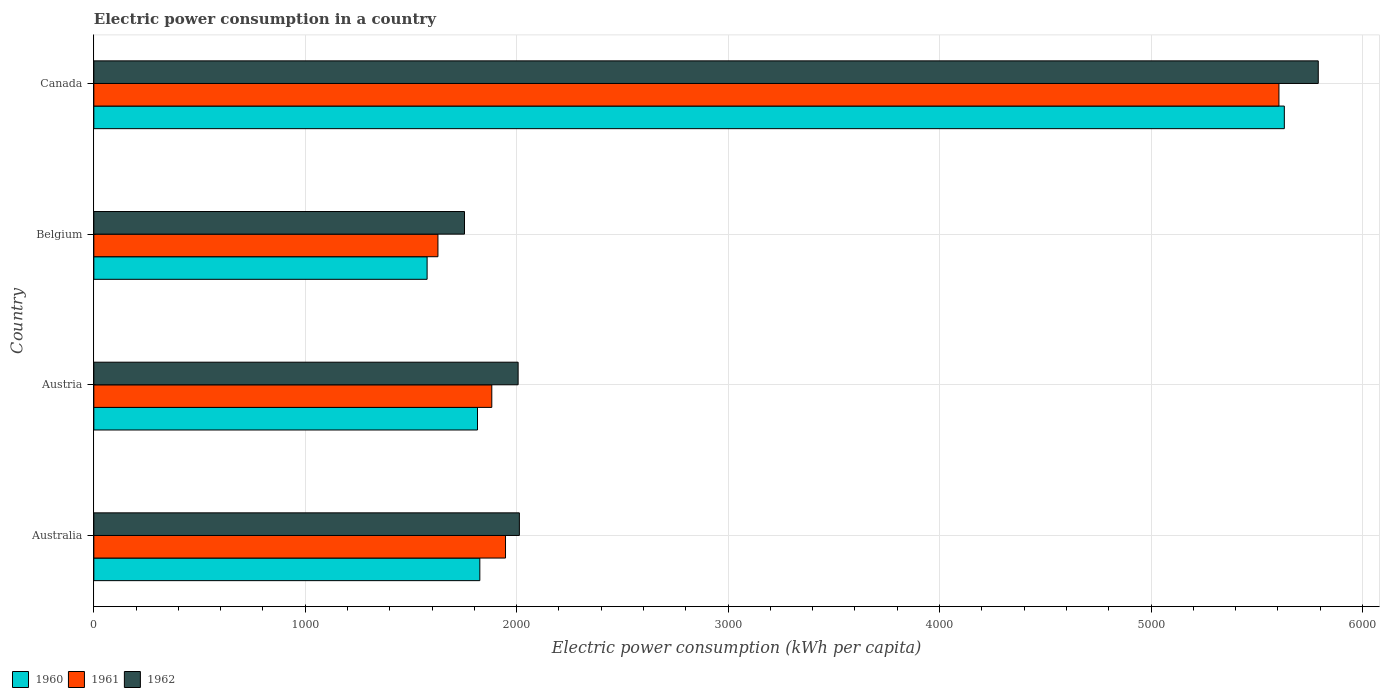
| Country | 1960 | 1961 | 1962 |
 | --- | --- | --- | --- |
 | Australia | 1.83e+03 | 1.95e+03 | 2.01e+03 |
 | Austria | 1.81e+03 | 1.88e+03 | 2.01e+03 |
 | Belgium | 1.58e+03 | 1.63e+03 | 1.75e+03 |
 | Canada | 5.63e+03 | 5.61e+03 | 5.79e+03 |